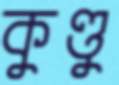
কুণ্ডু